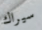
سيراك